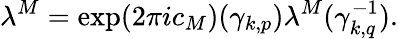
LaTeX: \lambda^{M}=\exp(2\pi ic_{M})({\gamma}_{k,p})\lambda^{M}({\gamma}_{k,q}^{-1}).